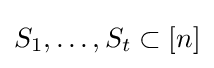
S_{1},\ldots ,S_{t}\subset [n]